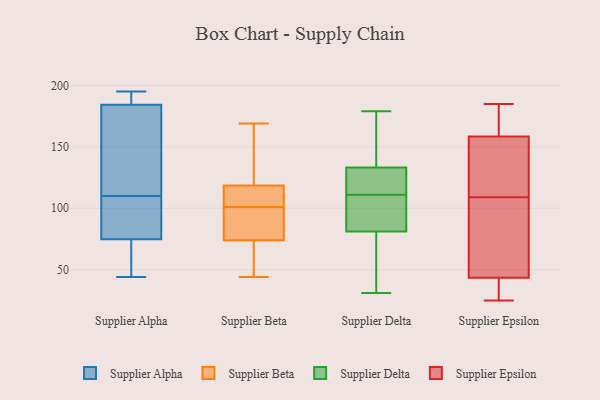
{"axis": {"x": "Conversion Rate (%)", "y": "Value"}, "legend": ["Supplier Alpha", "Supplier Beta", "Supplier Delta", "Supplier Epsilon"], "data": [{"x": "", "y": 86, "type": "Supplier Alpha"}, {"x": "", "y": 110, "type": "Supplier Alpha"}, {"x": "", "y": 71, "type": "Supplier Alpha"}, {"x": "", "y": 195, "type": "Supplier Alpha"}, {"x": "", "y": 94, "type": "Supplier Alpha"}, {"x": "", "y": 190, "type": "Supplier Alpha"}, {"x": "", "y": 146, "type": "Supplier Alpha"}, {"x": "", "y": 44, "type": "Supplier Alpha"}, {"x": "", "y": 48, "type": "Supplier Alpha"}, {"x": "", "y": 193, "type": "Supplier Alpha"}, {"x": "", "y": 167, "type": "Supplier Alpha"}, {"x": "", "y": 44, "type": "Supplier Beta"}, {"x": "", "y": 102, "type": "Supplier Beta"}, {"x": "", "y": 169, "type": "Supplier Beta"}, {"x": "", "y": 68, "type": "Supplier Beta"}, {"x": "", "y": 101, "type": "Supplier Beta"}, {"x": "", "y": 114, "type": "Supplier Beta"}, {"x": "", "y": 105, "type": "Supplier Beta"}, {"x": "", "y": 165, "type": "Supplier Beta"}, {"x": "", "y": 58, "type": "Supplier Beta"}, {"x": "", "y": 131, "type": "Supplier Beta"}, {"x": "", "y": 80, "type": "Supplier Beta"}, {"x": "", "y": 100, "type": "Supplier Beta"}, {"x": "", "y": 72, "type": "Supplier Beta"}, {"x": "", "y": 157, "type": "Supplier Beta"}, {"x": "", "y": 68, "type": "Supplier Beta"}, {"x": "", "y": 120, "type": "Supplier Beta"}, {"x": "", "y": 101, "type": "Supplier Beta"}, {"x": "", "y": 92, "type": "Supplier Beta"}, {"x": "", "y": 109, "type": "Supplier Beta"}, {"x": "", "y": 41, "type": "Supplier Delta"}, {"x": "", "y": 119, "type": "Supplier Delta"}, {"x": "", "y": 109, "type": "Supplier Delta"}, {"x": "", "y": 81, "type": "Supplier Delta"}, {"x": "", "y": 179, "type": "Supplier Delta"}, {"x": "", "y": 138, "type": "Supplier Delta"}, {"x": "", "y": 113, "type": "Supplier Delta"}, {"x": "", "y": 111, "type": "Supplier Delta"}, {"x": "", "y": 31, "type": "Supplier Delta"}, {"x": "", "y": 142, "type": "Supplier Delta"}, {"x": "", "y": 81, "type": "Supplier Delta"}, {"x": "", "y": 173, "type": "Supplier Epsilon"}, {"x": "", "y": 116, "type": "Supplier Epsilon"}, {"x": "", "y": 72, "type": "Supplier Epsilon"}, {"x": "", "y": 25, "type": "Supplier Epsilon"}, {"x": "", "y": 113, "type": "Supplier Epsilon"}, {"x": "", "y": 157, "type": "Supplier Epsilon"}, {"x": "", "y": 78, "type": "Supplier Epsilon"}, {"x": "", "y": 36, "type": "Supplier Epsilon"}, {"x": "", "y": 124, "type": "Supplier Epsilon"}, {"x": "", "y": 105, "type": "Supplier Epsilon"}, {"x": "", "y": 25, "type": "Supplier Epsilon"}, {"x": "", "y": 160, "type": "Supplier Epsilon"}, {"x": "", "y": 185, "type": "Supplier Epsilon"}, {"x": "", "y": 147, "type": "Supplier Epsilon"}, {"x": "", "y": 29, "type": "Supplier Epsilon"}, {"x": "", "y": 49, "type": "Supplier Epsilon"}, {"x": "", "y": 38, "type": "Supplier Epsilon"}, {"x": "", "y": 70, "type": "Supplier Epsilon"}, {"x": "", "y": 184, "type": "Supplier Epsilon"}, {"x": "", "y": 185, "type": "Supplier Epsilon"}]}